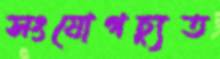
সংযোগচ্যুত